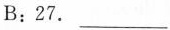
B:27.___